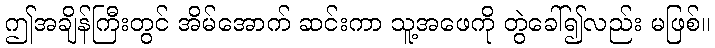
ဤအချိန်ကြီးတွင် အိမ်အောက် ဆင်းကာ သူ့အဖေကို တွဲခေါ်၍လည်း မဖြစ်။